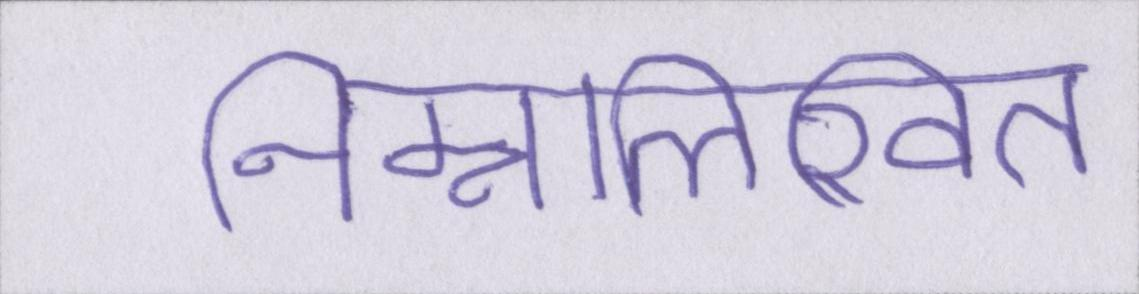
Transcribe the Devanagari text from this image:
निम्नलिखित